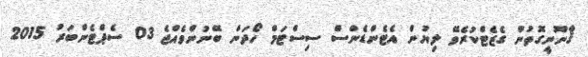
ޤާނޫނީގޮތުން ގެޒެޓްކުރެވޭ ލިޔުން އެޓެންޑެންސް ސިސްޓަމް ހޯދަން ބޭނުންވެއްޖެ 03 ސެޕްޓެންބަރު 2015